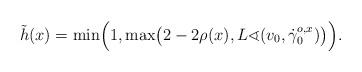
LaTeX: \begin{align*}\tilde h(x)=\min\Bigl(1,\max\bigl(2-2\rho(x),L\sphericalangle(v_{0},\dot\gamma^{o,x}_{0})\bigr)\Bigr).\end{align*}